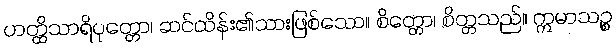
ဟတ္ထိသာရိပုတ္တော၊ ဆင်ထိန်း၏သားဖြစ်သော။ စိတ္တော၊ စိတ္တသည်။ ဣမာသဉ္စ